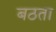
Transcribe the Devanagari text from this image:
बठता